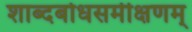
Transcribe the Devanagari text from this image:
शाब्दबोधसमीक्षणम्